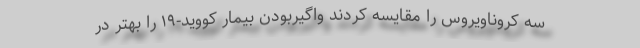
سه کروناویروس را مقایسه کردند واگیربودن بیمار کووید-۱۹ را بهتر در